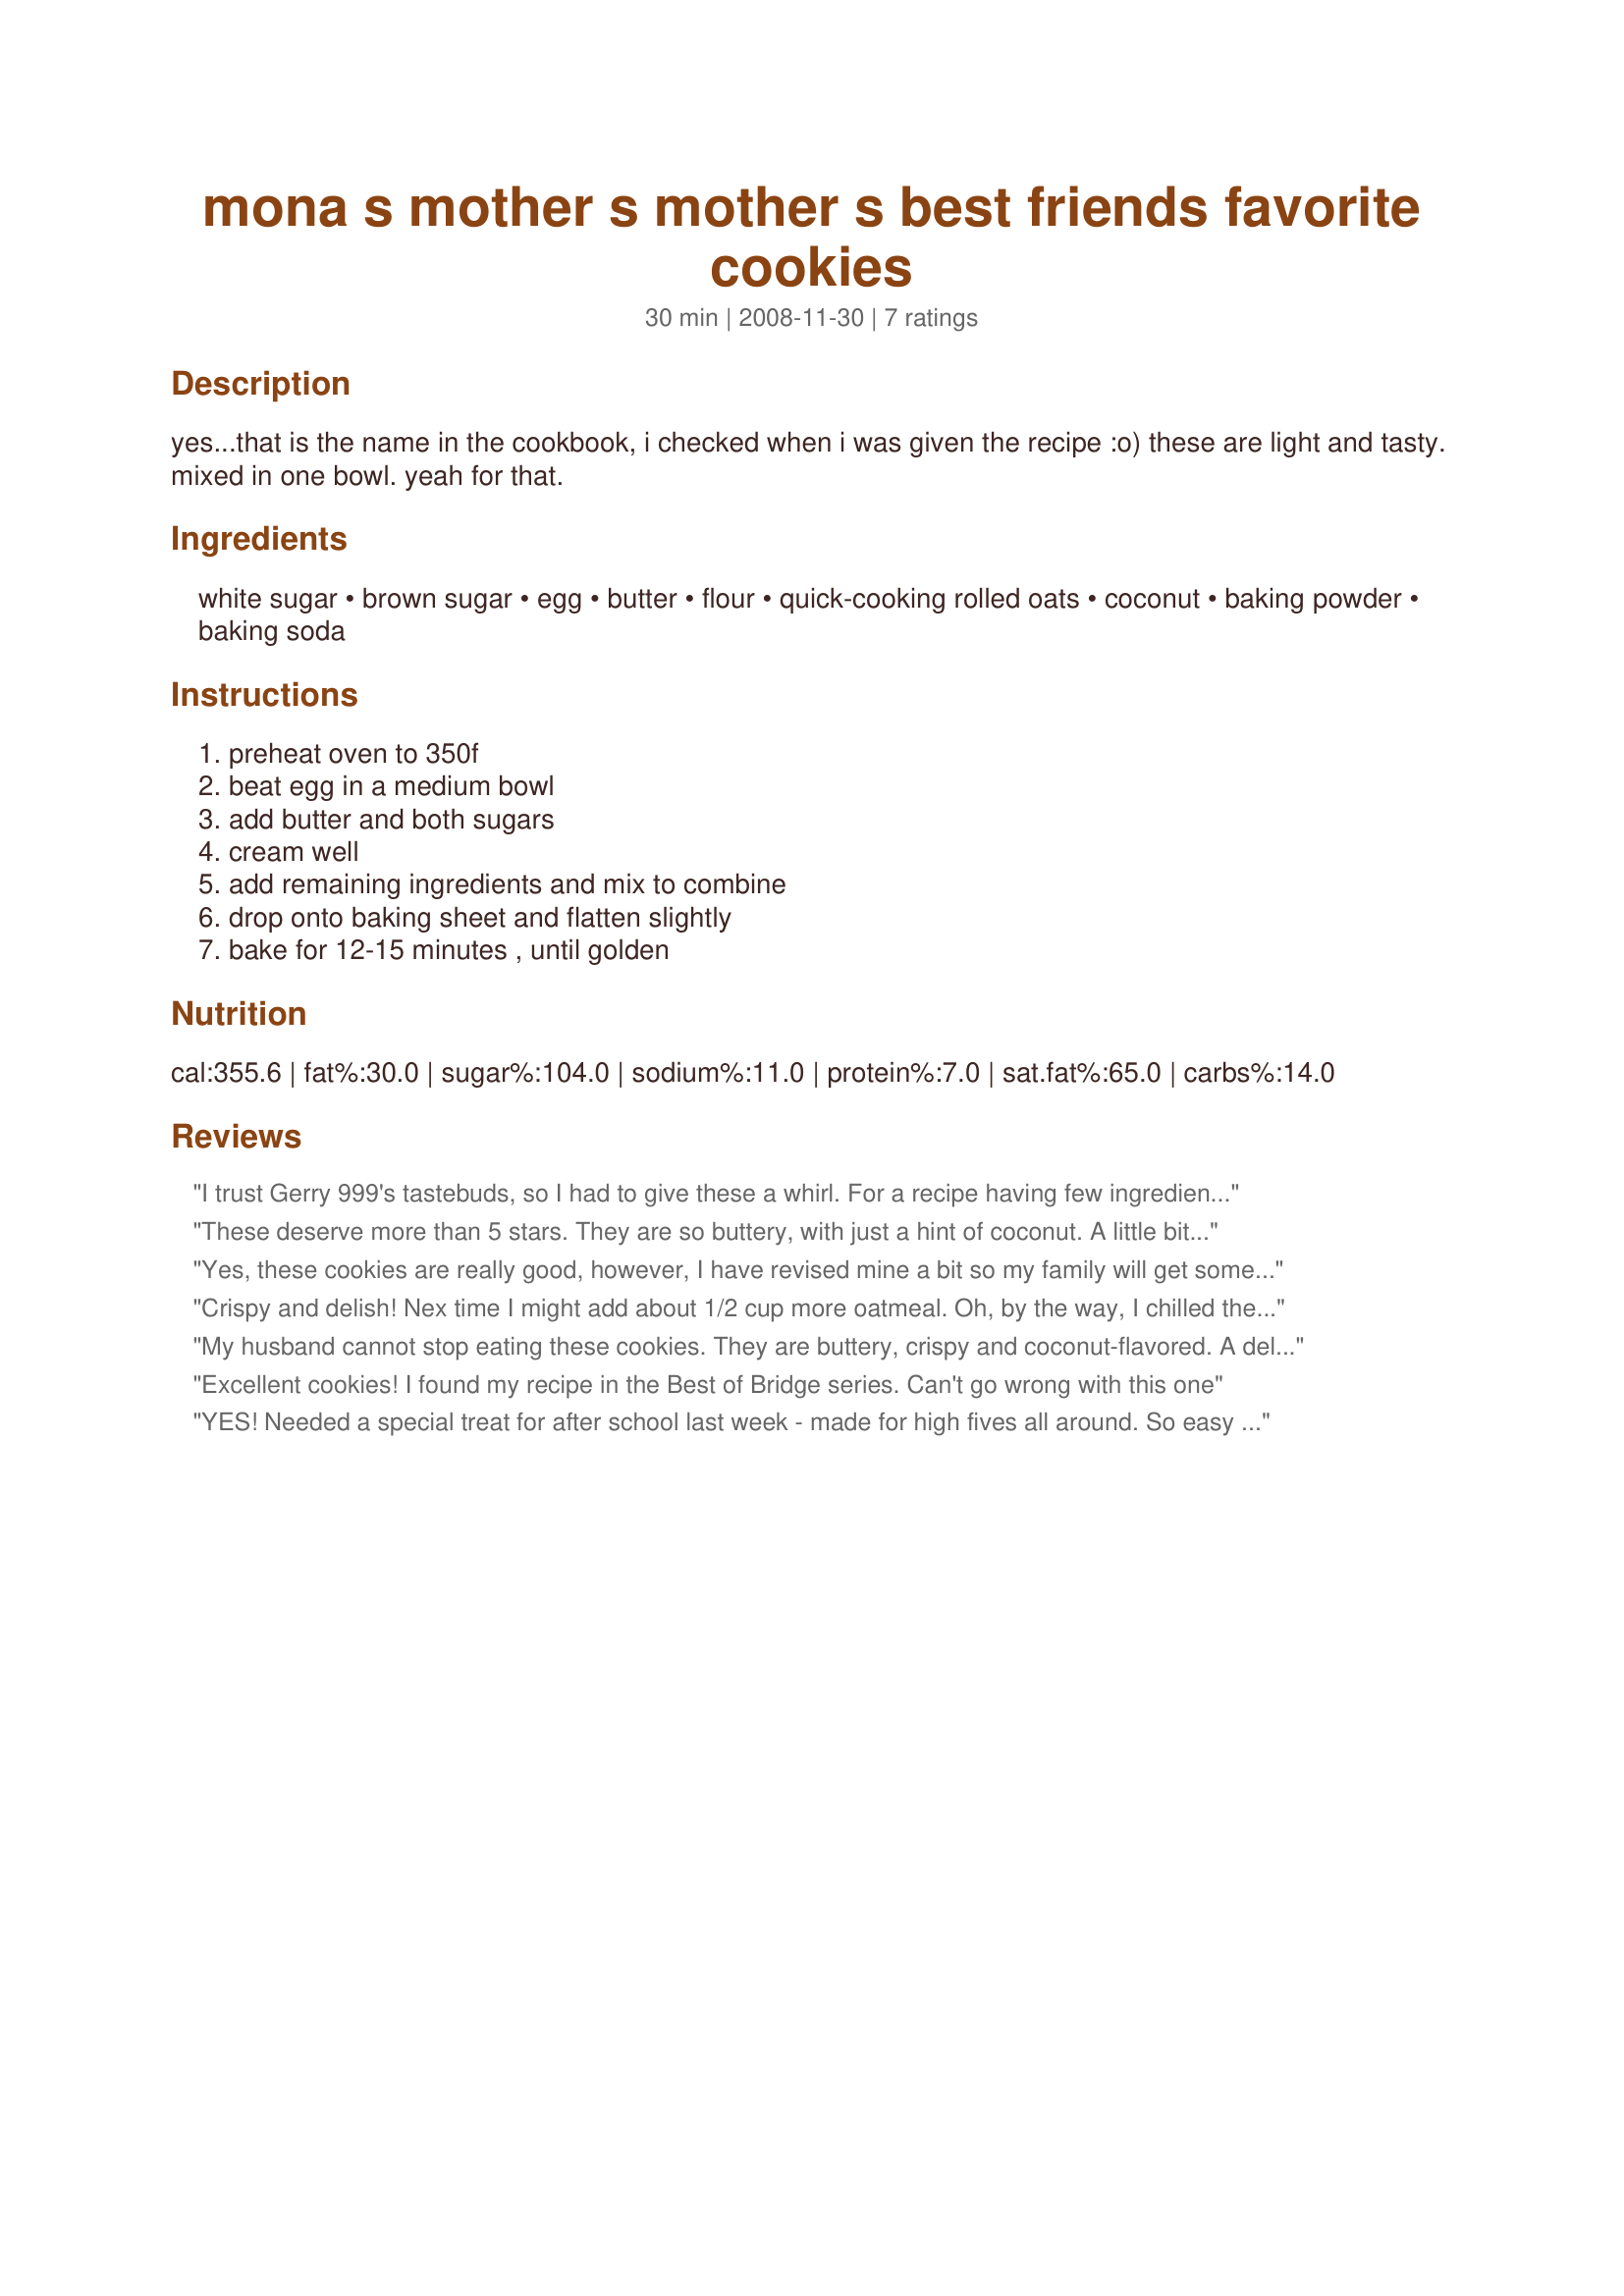
mona s mother s mother s best friends favorite cookies
Preparation time: 30 minutes

yes...that is the name in the cookbook, i checked when i was given the recipe :o)
these are light and tasty. mixed in one bowl. yeah for that.

Ingredients:
white sugar, brown sugar, egg, butter, flour, quick-cooking rolled oats, coconut, baking powder, baking soda

Steps:
preheat oven to 350f, beat egg in a medium bowl, add butter and both sugars, cream well, add remaining ingredients and mix to combine, drop onto baking sheet and flatten slightly, bake for 12-15 minutes , until golden

Reviews:
I trust Gerry 999's tastebuds, so I had to give these a whirl. For a recipe having few ingredients, these sure were good. Like LifeIsGood, mine flattened and spread too, but they still maintained a very good cookie shape. I agree with Gerry--you certainly can't eat just one. I used two bowls just to make sure all dry ingredients were well mixed--yielded 32 cookies. Thanks, Az G!
These deserve more than 5 stars. They are so buttery, with just a hint of coconut. A little bit chewy, and a wonderful crackle as you bit into it, makes this a *perfect* cookie. I received these from Az G, my partner in the 2008 Holiday Cookie Swap.
Yes, these cookies are really good, however, I have revised mine a bit so my family will get some nutrition as well as it being yummy, these seem to add more flavor:<br/><br/>I add cinnamon, nutmeg, vanilla, bran, raisins, organic choco chips, and raw crushed almonds.<br/>(I just guess at the additions and they always turn out well)
Crispy and delish! Nex time I might add about 1/2 cup more oatmeal. Oh, by the way, I chilled the dough overnight. made for I reviewed tag game.
My husband cannot stop eating these cookies. They are buttery, crispy and coconut-flavored. A delicious cookie recipe. Mine did seem to flatten and spread too much, I'm not sure why. It did not affect the flavor one bit, though! Thank you!
Excellent cookies! I found my recipe in the Best of Bridge series. Can't go wrong with this one
YES! Needed a special treat for after school last week - made for high fives all around. So easy to make. These cookies for me were definetley 'you just can't eat one' kind of cookie. They baked up into well shaped cookies tasting as good as they looked. That Mona's Mother's best friend sure knew what makes for a great cookies! Made for AUZ/NZ Swap.
